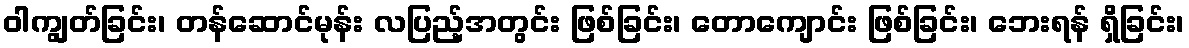
ဝါကျွတ်ခြင်း၊ တန်ဆောင်မုန်း လပြည့်အတွင်း ဖြစ်ခြင်း၊ တောကျောင်း ဖြစ်ခြင်း၊ ဘေးရန် ရှိခြင်း၊